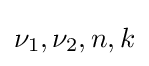
\nu _{1},\nu _{2},n,k